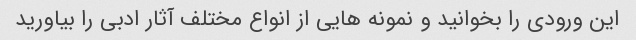
این ورودی را بخوانید و نمونه هایی از انواع مختلف آثار ادبی را بیاورید